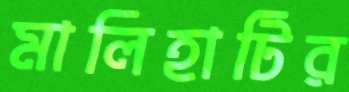
মালিহাটির